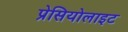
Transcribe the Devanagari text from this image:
प्रेसियोलाइट